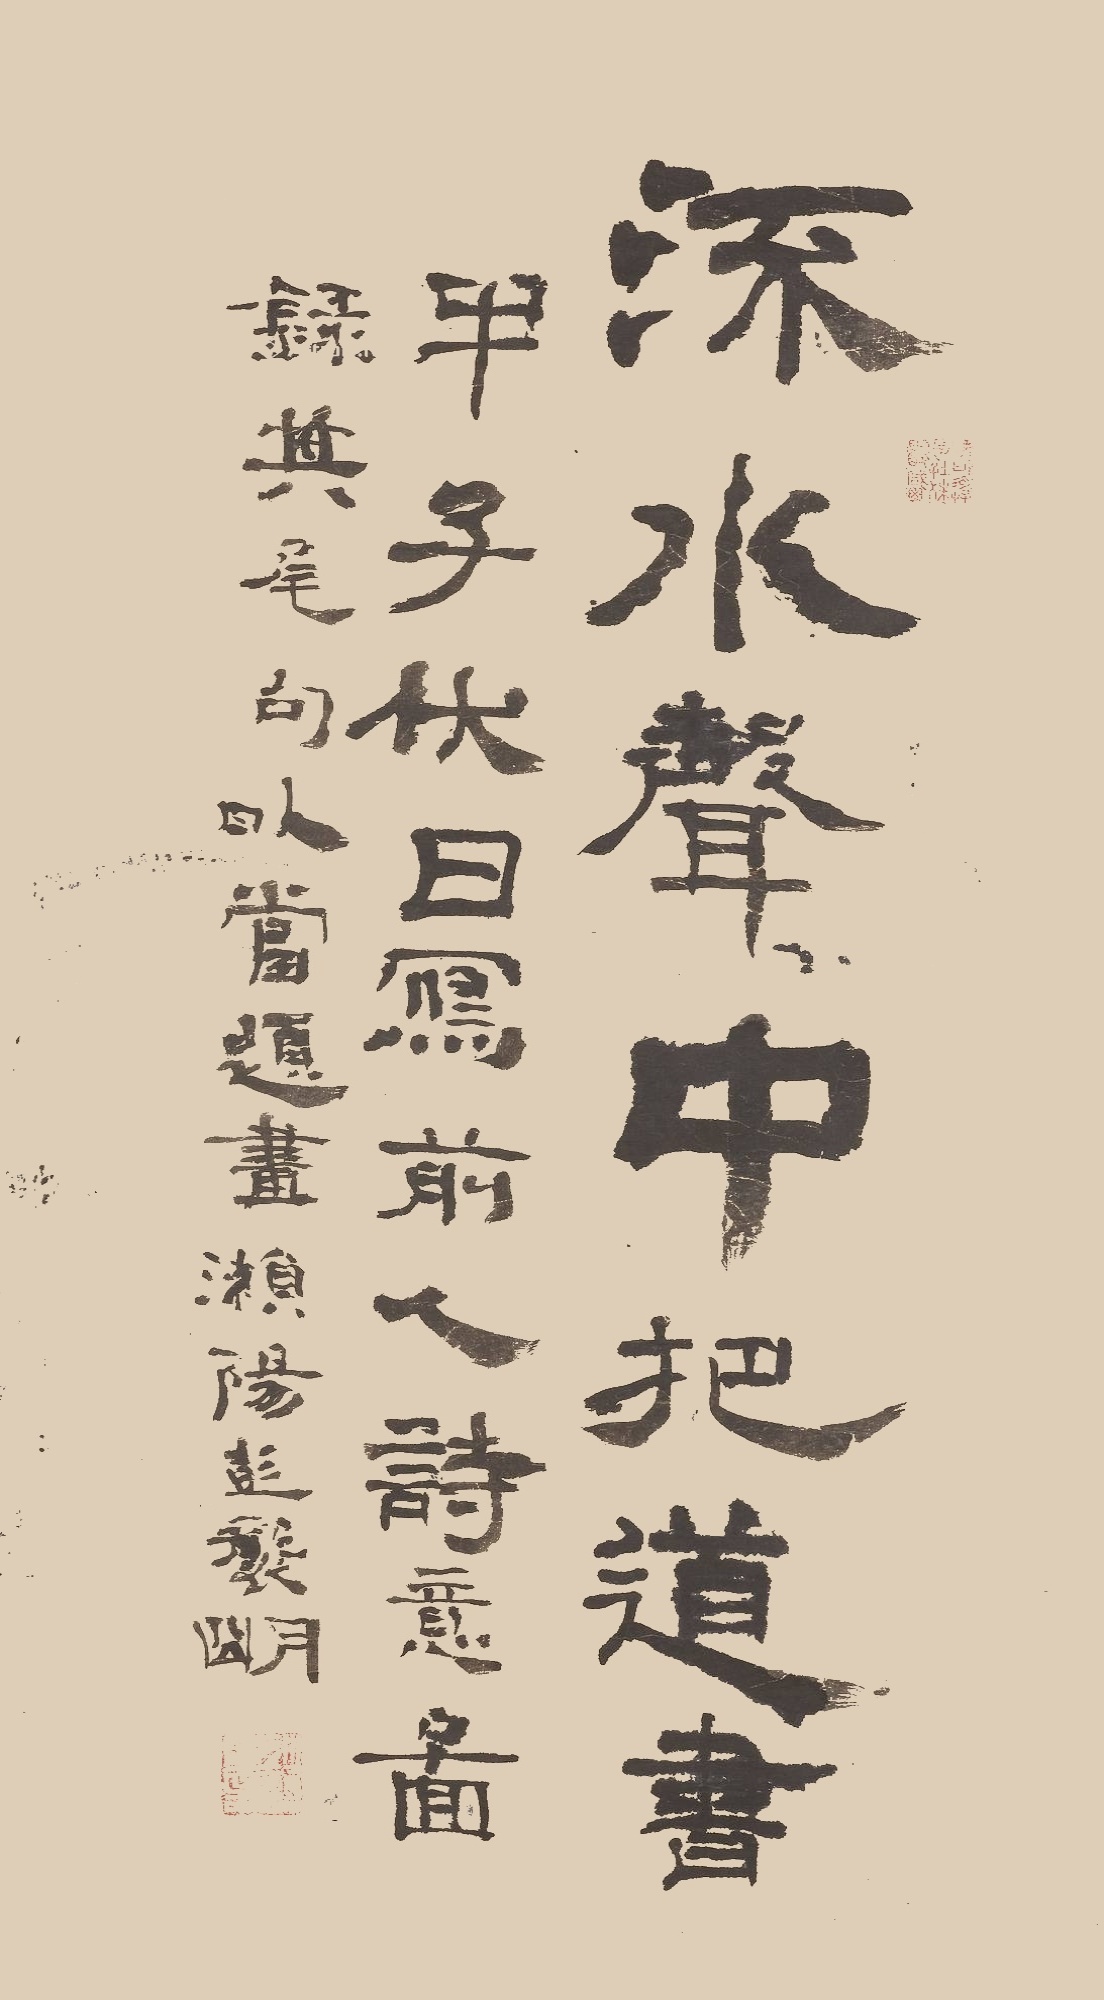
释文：流水声中把道书。甲子（1984）伏日写前人诗意图，录其尾句以当题画，濑阳彭袭明。